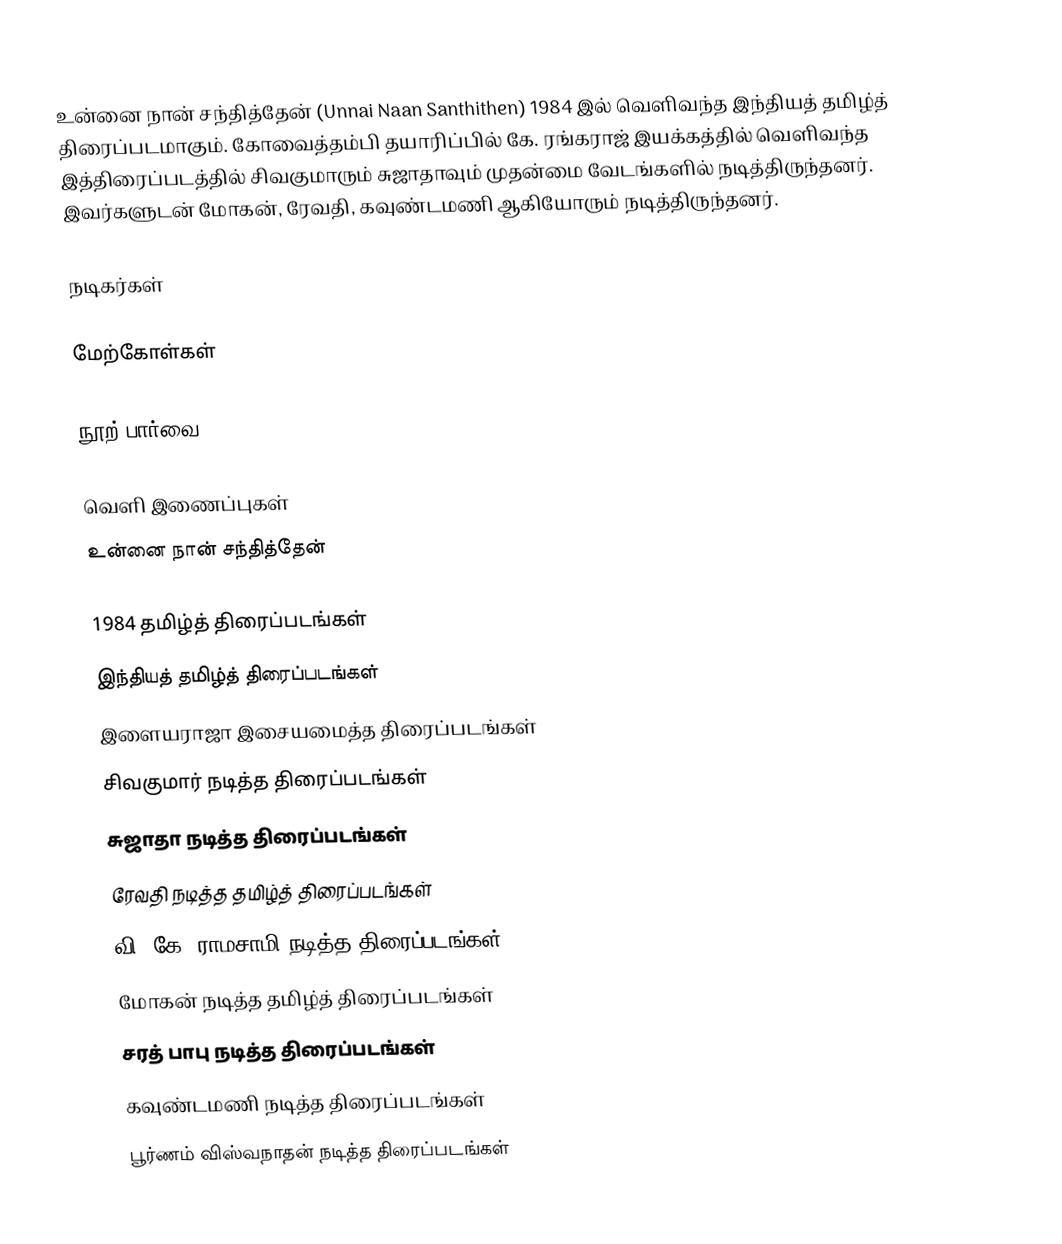
உன்னை நான் சந்தித்தேன் (Unnai Naan Santhithen) 1984 இல் வெளிவந்த இந்தியத் தமிழ்த் திரைப்படமாகும். கோவைத்தம்பி தயாரிப்பில் கே. ரங்கராஜ் இயக்கத்தில் வெளிவந்த இத்திரைப்படத்தில் சிவகுமாரும் சுஜாதாவும் முதன்மை வேடங்களில் நடித்திருந்தனர். இவர்களுடன் மோகன், ரேவதி, கவுண்டமணி ஆகியோரும் நடித்திருந்தனர்.

நடிகர்கள்

மேற்கோள்கள்

நூற் பார்வை

வெளி இணைப்புகள்
 உன்னை நான் சந்தித்தேன்

1984 தமிழ்த் திரைப்படங்கள்
இந்தியத் தமிழ்த் திரைப்படங்கள்
இளையராஜா இசையமைத்த திரைப்படங்கள்
சிவகுமார் நடித்த திரைப்படங்கள்
சுஜாதா நடித்த திரைப்படங்கள்
ரேவதி நடித்த தமிழ்த் திரைப்படங்கள்
வி. கே. ராமசாமி நடித்த திரைப்படங்கள்
மோகன் நடித்த தமிழ்த் திரைப்படங்கள்
சரத் பாபு நடித்த திரைப்படங்கள்
கவுண்டமணி நடித்த திரைப்படங்கள்
பூர்ணம் விஸ்வநாதன் நடித்த திரைப்படங்கள்